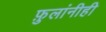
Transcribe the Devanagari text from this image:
फ़ुलांनीही